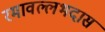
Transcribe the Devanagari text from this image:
रमावल्लभदास